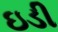
ઇડી